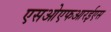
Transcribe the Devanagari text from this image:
एसओएफआरईएस